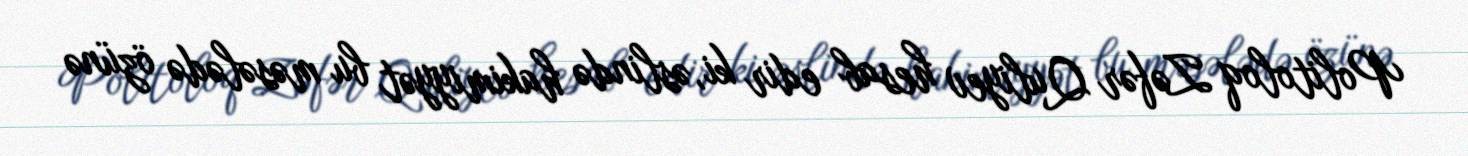
Politoloq Zəfər Quliyev hesab edir ki, əslində hakimiyyət bu məsələdə özünə